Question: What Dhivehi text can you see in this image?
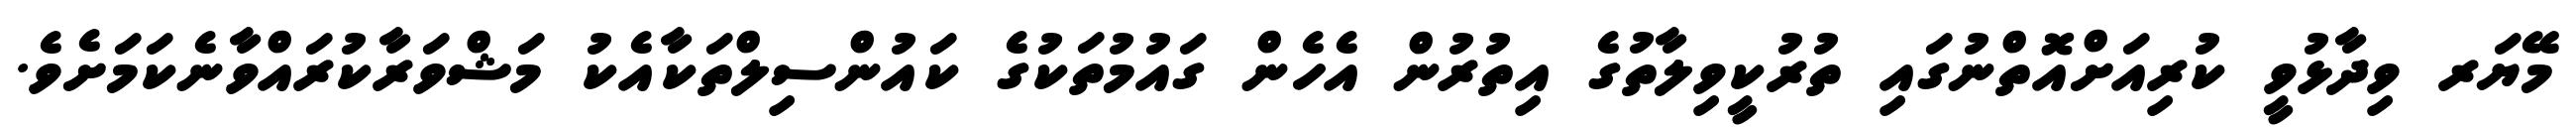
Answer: މޭޔަރ ވިދާޅުވީ ކުރިއަށްއޮތްނުގައި ތުރުކީވިލާތުގެ އިތުރުން އެހެން ގައުމުތަކުގެ ކައުންސިލްތަކާއެކު މަޝްވަރާކުރައްވާނެކަމަށެވެ.